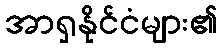
အာရှနိုင်ငံများ၏